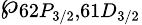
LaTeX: \wp_{62P_{3/2},61D_{3/2}}